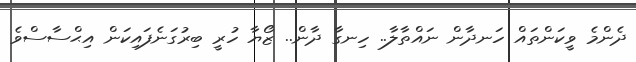
ދެންމެ ވީކަންތައް ހަނދާން ނައްތާލާ.. ހިނގާ ދާން.. ޒޯޔާ ހުރީ ބިރުގަނެފައިކަން އިޙްސާސްވެ